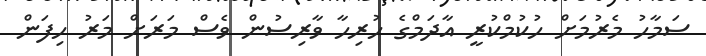
ސަމާހު މެރުމަށް ހުކުމްކުރީ އާދަމްގެ ހުރިހާ ވާރިސުން ވެސް މަރަށް މަރު ހިފަން